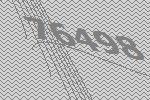
76498